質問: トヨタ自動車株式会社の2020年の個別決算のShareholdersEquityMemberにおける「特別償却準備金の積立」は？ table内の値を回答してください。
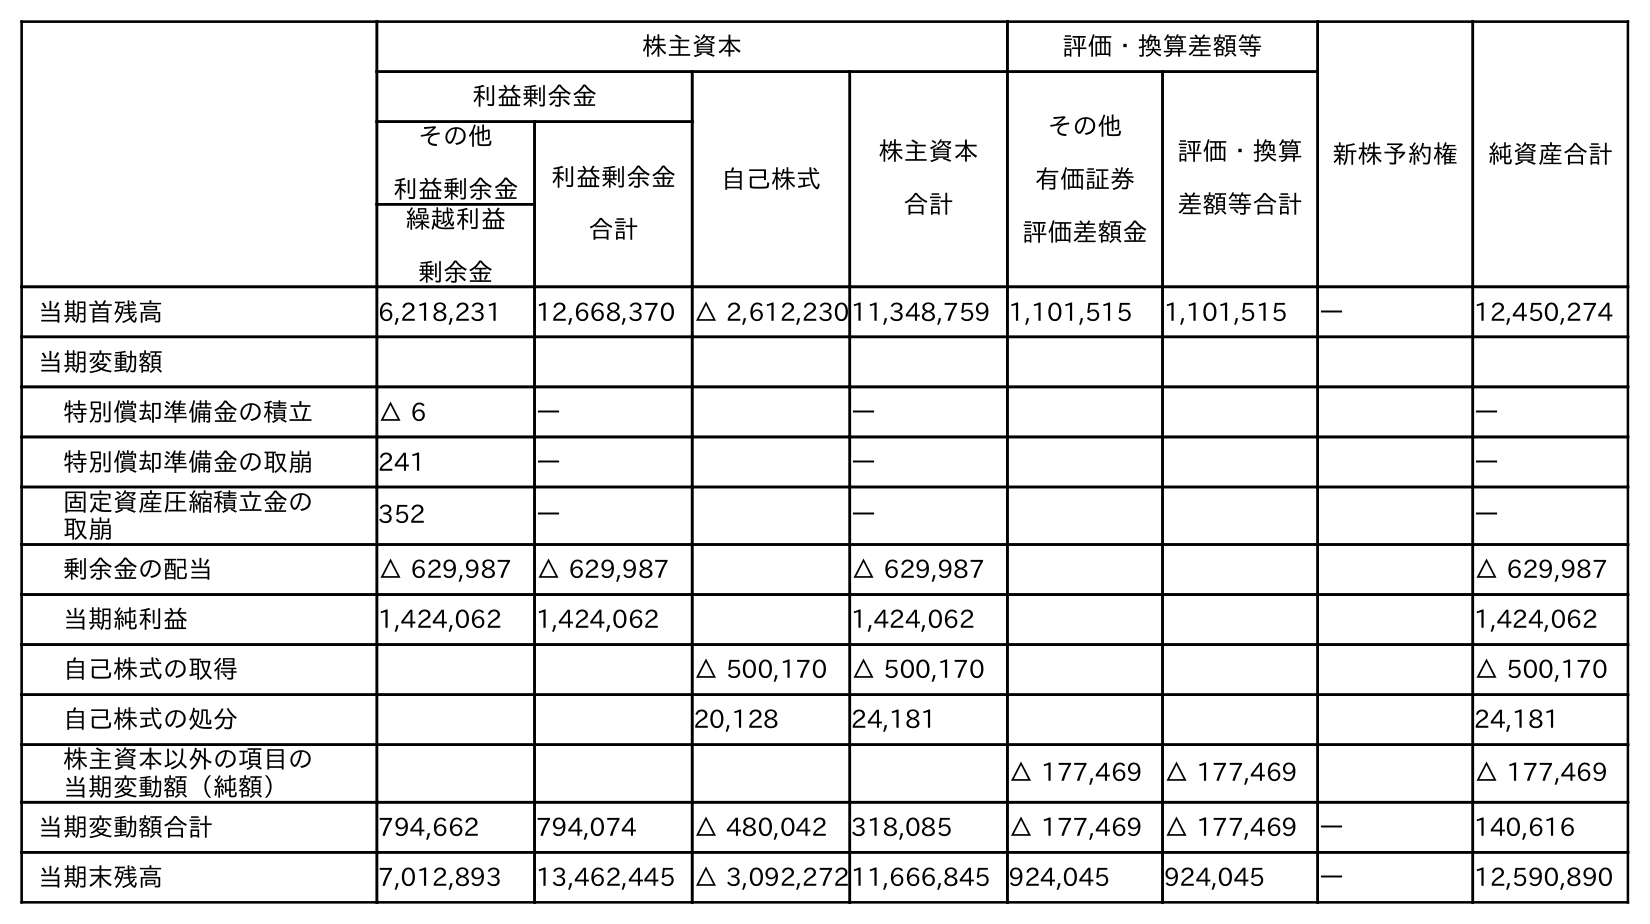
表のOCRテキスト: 株主資本 評価・換算差額等 新株予約権 純資産合計 利益剰余金 自己株式 株主資本 合計 その他 有価証券 評価差額金 評価・換算 差額等合計 その他 利益剰余金 利益剰余金 合計 繰越利益 剰余金 当期首残高 6,218,231 12,668,370 △ 2,612,23011,348,759 1,101,515 1,101,515 ― 12,450,274 当期変動額 特別償却準備金の積立 △ 6 ― ― ― 特別償却準備金の取崩 241 ― ― ― 固定資産圧縮積立金の 取崩 352 ― ― ― 剰余金の配当 △ 629,987 △ 629,987 △ 629,987 △ 629,987 当期純利益 1,424,062 1,424,062 1,424,062 1,424,062 自己株式の取得 △ 500,170 △ 500,170 △ 500,170 自己株式の処分 20,128 24,181 24,181 株主資本以外の項目の 当期変動額（純額） △ 177,469 △ 177,469 △ 177,469 当期変動額合計 794,662 794,074 △ 480,042 318,085 △ 177,469 △ 177,469 ― 140,616 当期末残高 7,012,893 13,462,445 △ 3,092,27211,666,845 924,045 924,045 ― 12,590,890
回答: ―